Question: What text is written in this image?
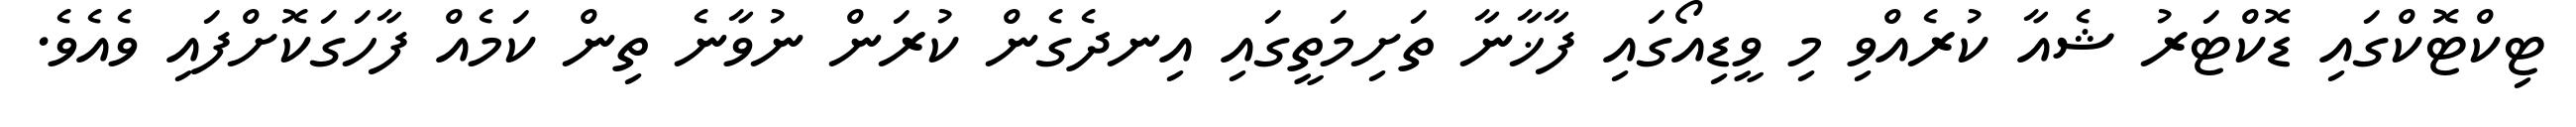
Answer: ޓިކްޓޮކްގައި ޑޮކްޓަރު ޝެއާ ކުރެއްވި މި ވީޑިއޯގައި ފާޚާނާ ތަށިމަތީގައި އިނދެގެން ކުރަން ނުވާނެ ތިން ކަމެއް ފާހަގަކޮށްފައި ވެއެވެ.